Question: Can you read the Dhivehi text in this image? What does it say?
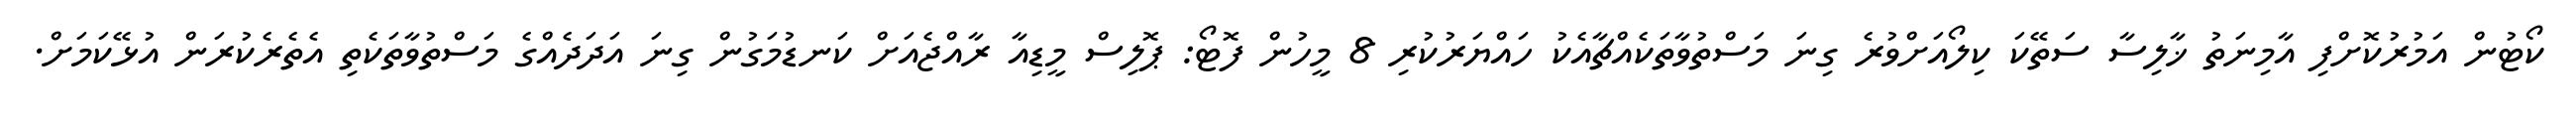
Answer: ކޯޓުން އަމުރުކޮށްފި އާމިނަތު ޚާލިސާ ސަތޭކަ ކިލޯއަށްވުރެ ގިނަ މަސްތުވާތަކެއްޗާއެކު ހައްޔަރުކުރި 8 މީހުން ފޮޓޯ: ޕޮލިސް މީޑިއާ ރާއްޖެއަށް ކަނޑުމަގުން ގިނަ އަދަދެއްގެ މަސްތުވާތަކެތި އެތެރެކުރަން އުޅޭކަމަށް.